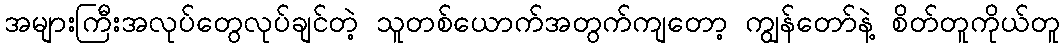
အများကြီးအလုပ်တွေလုပ်ချင်တဲ့ သူတစ်ယောက်အတွက်ကျတော့ ကျွန်တော်နဲ့ စိတ်တူကိုယ်တူ